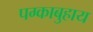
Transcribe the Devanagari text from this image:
पग्काबुहाय